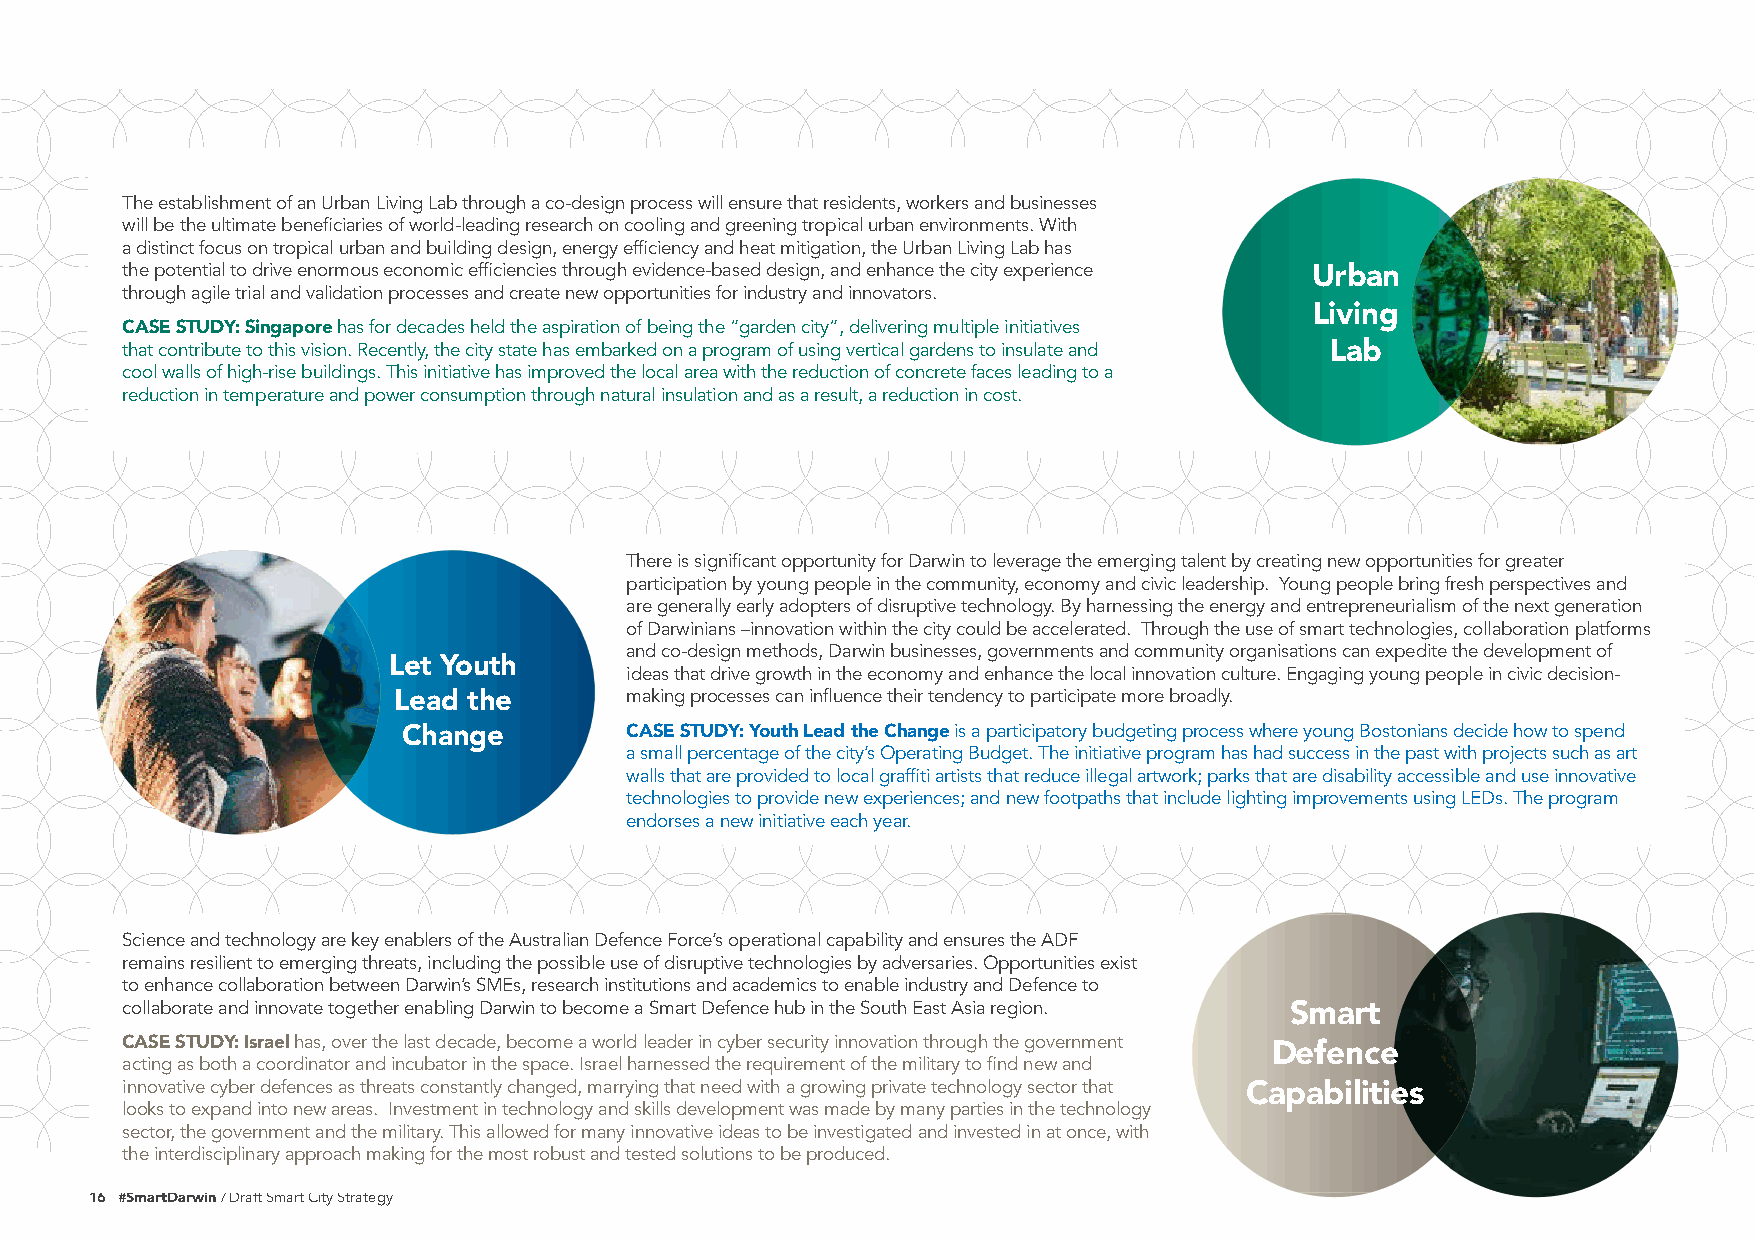
The establishment of an Urban Living Lab through a co-design process will ensure that residents, workers and businesses
 will be the ultimate beneficiaries of world-leading research on cooling and greening tropical urban environments. With
 a distinct focus on tropical urban and building design, energy efficiency and heat mitigation, the Urban Living Lab has
 the potential to drive enormous economic efficiencies through evidence-based design, and enhance the city experience Urban
 through agile trial and validation processes and create new opportunities for industry and innovators.
 Living
 CASE STUDY: Singapore has for decades held the aspiration of being the “garden city”, delivering multiple initiatives
 that contribute to this vision. Recently, the city state has embarked on a program of using vertical gardens to insulate and Lab
 cool walls of high-rise buildings. This initiative has improved the local area with the reduction of concrete faces leading to a
 reduction in temperature and power consumption through natural insulation and as a result, a reduction in cost.
 There is significant opportunity for Darwin to leverage the emerging talent by creating new opportunities for greater
 participation by young people in the community, economy and civic leadership. Young people bring fresh perspectives and
 are generally early adopters of disruptive technology. By harnessing the energy and entrepreneurialism of the next generation
 of Darwinians –innovation within the city could be accelerated. Through the use of smart technologies, collaboration platforms
 and co-design methods, Darwin businesses, governments and community organisations can expedite the development of
 Let Youth
 ideas that drive growth in the economy and enhance the local innovation culture. Engaging young people in civic decision-
 Lead the       making processes can influence their tendency to participate more broadly.
 Change        CASE STUDY: Youth Lead the Change is a participatory budgeting process where young Bostonians decide how to spend
 a small percentage of the city’s Operating Budget. The initiative program has had success in the past with projects such as art
 walls that are provided to local graffiti artists that reduce illegal artwork; parks that are disability accessible and use innovative
 technologies to provide new experiences; and new footpaths that include lighting improvements using LEDs. The program
 endorses a new initiative each year.
 Science and technology are key enablers of the Australian Defence Force’s operational capability and ensures the ADF
 remains resilient to emerging threats, including the possible use of disruptive technologies by adversaries. Opportunities exist
 to enhance collaboration between Darwin’s SMEs, research institutions and academics to enable industry and Defence to
 collaborate and innovate together enabling Darwin to become a Smart Defence hub in the South East Asia region. Smart
 CASE STUDY: Israel has, over the last decade, become a world leader in cyber security innovation through the government Defence
 acting as both a coordinator and incubator in the space. Israel harnessed the requirement of the military to find new and
 innovative cyber defences as threats constantly changed, marrying that need with a growing private technology sector that Capabilities
 looks to expand into new areas. Investment in technology and skills development was made by many parties in the technology
 sector, the government and the military. This allowed for many innovative ideas to be investigated and invested in at once, with
 the interdisciplinary approach making for the most robust and tested solutions to be produced.
 16 #SmartDarwin / Draft Smart City Strategy